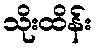
သိုးထိန်း